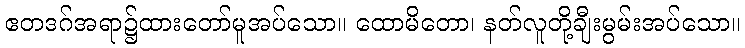
ဧတဒဂ်အရာ၌ထားတော်မူအပ်သော။ ထောမိတော၊ နတ်လူတို့ချီးမွမ်းအပ်သော။